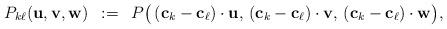
LaTeX: \begin{align*}P_{k \ell}({\bf u},{\bf v},{\bf w}) \,\,\, := \,\,\,P \bigl( \,({\bf c}_k - {\bf c}_\ell) \cdot {\bf u},\,({\bf c}_k - {\bf c}_\ell) \cdot {\bf v},\,({\bf c}_k - {\bf c}_\ell) \cdot {\bf w} \bigr),\end{align*}